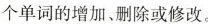
个单词的增加、删除或修改.